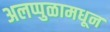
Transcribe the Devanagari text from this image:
अलप्पुळामधून